Annual report of the Punjab Veterinary College and of the Civil Veterinary Department, Punjab - 1920-1925
Year: 1920
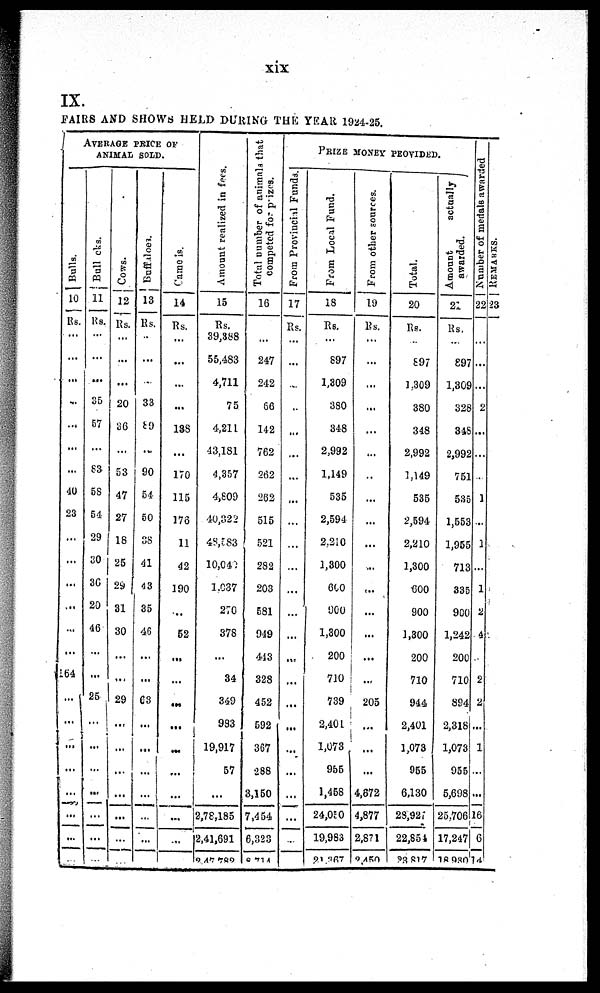
xix
IX.
FAIRS AND SHOWS HELD DURING THE YEAR 1924-25.
AVERAGE PRICE OF
ANIMAL SOLD.
Bulls.
10
Rs.
...
...
...
...
...
...
...
40
23
...
...
...
...
...
...
64
...
...
...
...
...
...
...
...
Bullocks.
11
RS.
...
...
...
35
67
...
83
58
54
29
30
36
20
46
...
25
...
...
...
...
...
...
...
Cows.
12
Rs.
...
...
...
20
36
...
53
47
27
18
25
29
31
30
...
...
29
...
...
...
...
...
...
...
Buffaloes.
13
Rs.
...
...
33
89
...
90
54
50
38
41
43
35
46
...
...
63
...
...
......
...
...
...
...
Came is.
14
Rs.
...
...
...
...
188
...
170
115
176
11
42
190
...
52
...
...
...
...
...
...
...
...
...
...
Amount realized in fees.
15
Rs.
39,388
55,483
4,711
75
4,211
43,181
4,357
4,809
40,322
43,583
10,040
1,037
276
378
...
34
349
983
19,917
57
...
2,78,185
2,41,691
2,47
,782
Total number of animals that
competed for prizes.
16
...
247
242
66
142
762
262
262
515
521
282
203
581
949
413
328
452
592
367
288
3,150
7,454
6,323
8,714
PRIZE MONEY PROVIDED.
Fr om Pr ovi nci al Funds .
17
Rs.
...
...
...
..
...
...
...
...
...
...
...
...
...
...
...
...
...
...
...
...
...
...
From Local Fund.
18
RS.
...
897
1,309
380
348
2,992
1,149
535
2,594
2,210
1,300
600
900
1,300
200
710
739
2,401
1,073
955
1,458
24,050
19,983
21,367
From other sources.
19
Rs.
...
...
...
...
...
...
...
...
...
...
...
...
...
...
...
...
205
...
...
...
4,872
4,877
2,871
2,450
Total.
20
Rs.
...
697
1.309
380
348
2,992
1,149
535
2,594
2,210
1,300
600
900
1,300
200
710
944
2,401
1,073
955
6,130
28,921
22,851
23,817
Amount
actually
awarded.
21
Rs.
...
897
1,309
328
348
2,992
751
535
1,553
1,955
713
335
900
1,242
200
710
894
2,318
1,073
955
5,698
25,706
17,247
18,930
Nu mb e r of medals awarded
22
...
...
...
2
...
...
...
1
...
1
...
1
2
4
...
2
2
...
1
...
...
16
6
14
RE MARKS .
23